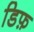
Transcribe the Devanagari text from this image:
डिफ़